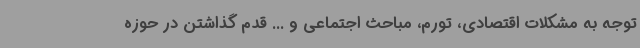
توجه به مشکلات اقتصادی، تورم، مباحث اجتماعی و ... قدم گذاشتن در حوزه